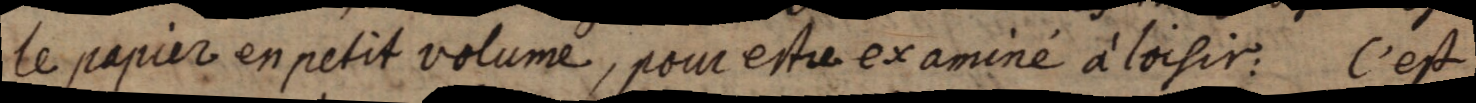
le papier en petit volume, pour estre examiné à loisir: C’est